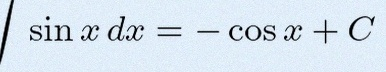
\int \sin x\,dx=-\cos x+C